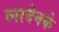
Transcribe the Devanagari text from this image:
लादेनके